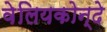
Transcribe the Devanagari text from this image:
वेलियकोन्दे